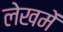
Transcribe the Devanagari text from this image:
लेखमें